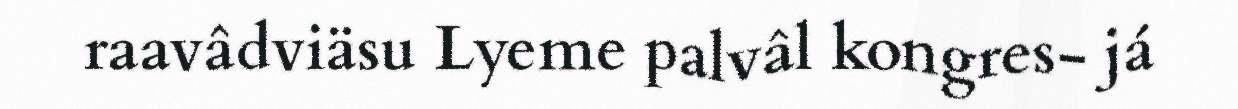
raavâdviäsu Lyeme palvâl kongres- já